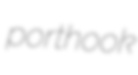
porthook